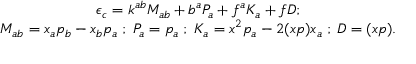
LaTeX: \begin{array} { c } { { \epsilon _ { c } = k ^ { a b } M _ { a b } + b ^ { a } P _ { a } + f ^ { a } K _ { a } + f D ; } } \\ { { M _ { a b } = x _ { a } p _ { b } - x _ { b } p _ { a } \; ; \; P _ { a } = p _ { a } \; ; \; K _ { a } = x ^ { 2 } p _ { a } - 2 ( x p ) x _ { a } \; ; \; D = ( x p ) . } } \end{array}